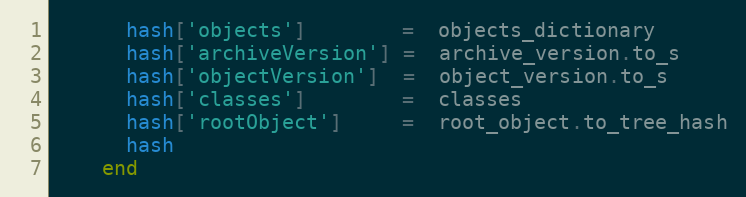
Language: Ruby
      hash['objects']        =  objects_dictionary
      hash['archiveVersion'] =  archive_version.to_s
      hash['objectVersion']  =  object_version.to_s
      hash['classes']        =  classes
      hash['rootObject']     =  root_object.to_tree_hash
      hash
    end